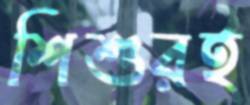
শিশুরই